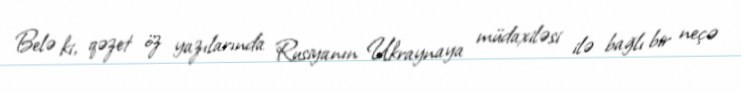
Belə ki, qəzet öz yazılarında Rusiyanın Ukraynaya müdaxiləsi ilə bağlı bir neçə